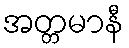
အတ္တမာနီ